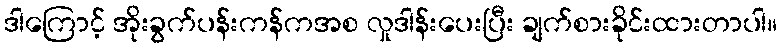
ဒါကြောင့် အိုးခွက်ပန်းကန်ကအစ လှုဒါန်းပေးပြီး ချက်စားခိုင်းထားတာပါ။